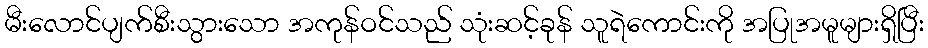
မီးလောင်ပျက်စီးသွားသော အကုန်ဝင်သည် သုံးဆင့်ခုန် သူရဲကောင်းကို အပြုအမူများရှိပြီး